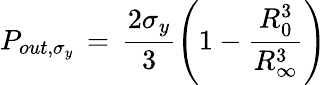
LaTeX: P_{out,\sigma_{y}}\, =\, \frac{2\sigma_{y}}{3}\left(1-\frac{R_{0}^{3}}{R_{\infty}^{3}}\right)